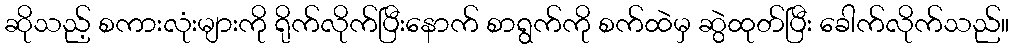
ဆိုသည့် စကားလုံးများကို ရိုက်လိုက်ပြီးနောက် စာရွက်ကို စက်ထဲမှ ဆွဲထုတ်ပြီး ခေါက်လိုက်သည်။